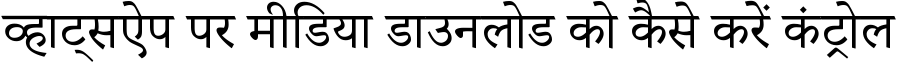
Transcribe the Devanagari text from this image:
व्हाट्सऐप पर मीडिया डाउनलोड को कैसे करें कंट्रोल